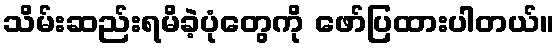
သိမ်းဆည်းရမိခဲ့ပုံတွေကို ဖော်ပြထားပါတယ်။